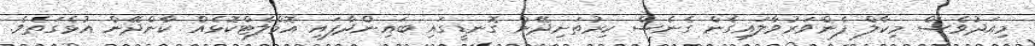
މިއަދުވެސް މިކާލް ފެންވަރުވާލައިގެން ގެނެސް ކިރުތަށިދޭން ގޮނޑީގައި ބައިންދާފައި އޮމްލެޓްކޮޅެއް ކާންދޭން އުޅެގަތެވެ.